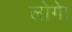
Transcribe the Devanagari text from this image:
लोगेा